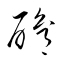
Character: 酳